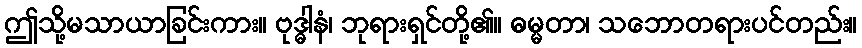
ဤသို့မသာယာခြင်းကား။ ဗုဒ္ဓါနံ၊ ဘုရားရှင်တို့၏။ ဓမ္မတာ၊ သဘောတရားပင်တည်း။